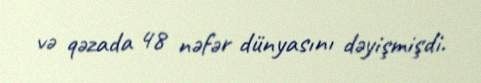
və qəzada 48 nəfər dünyasını dəyişmişdi.